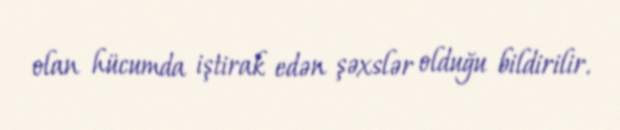
olan hücumda iştirak edən şəxslər olduğu bildirilir.